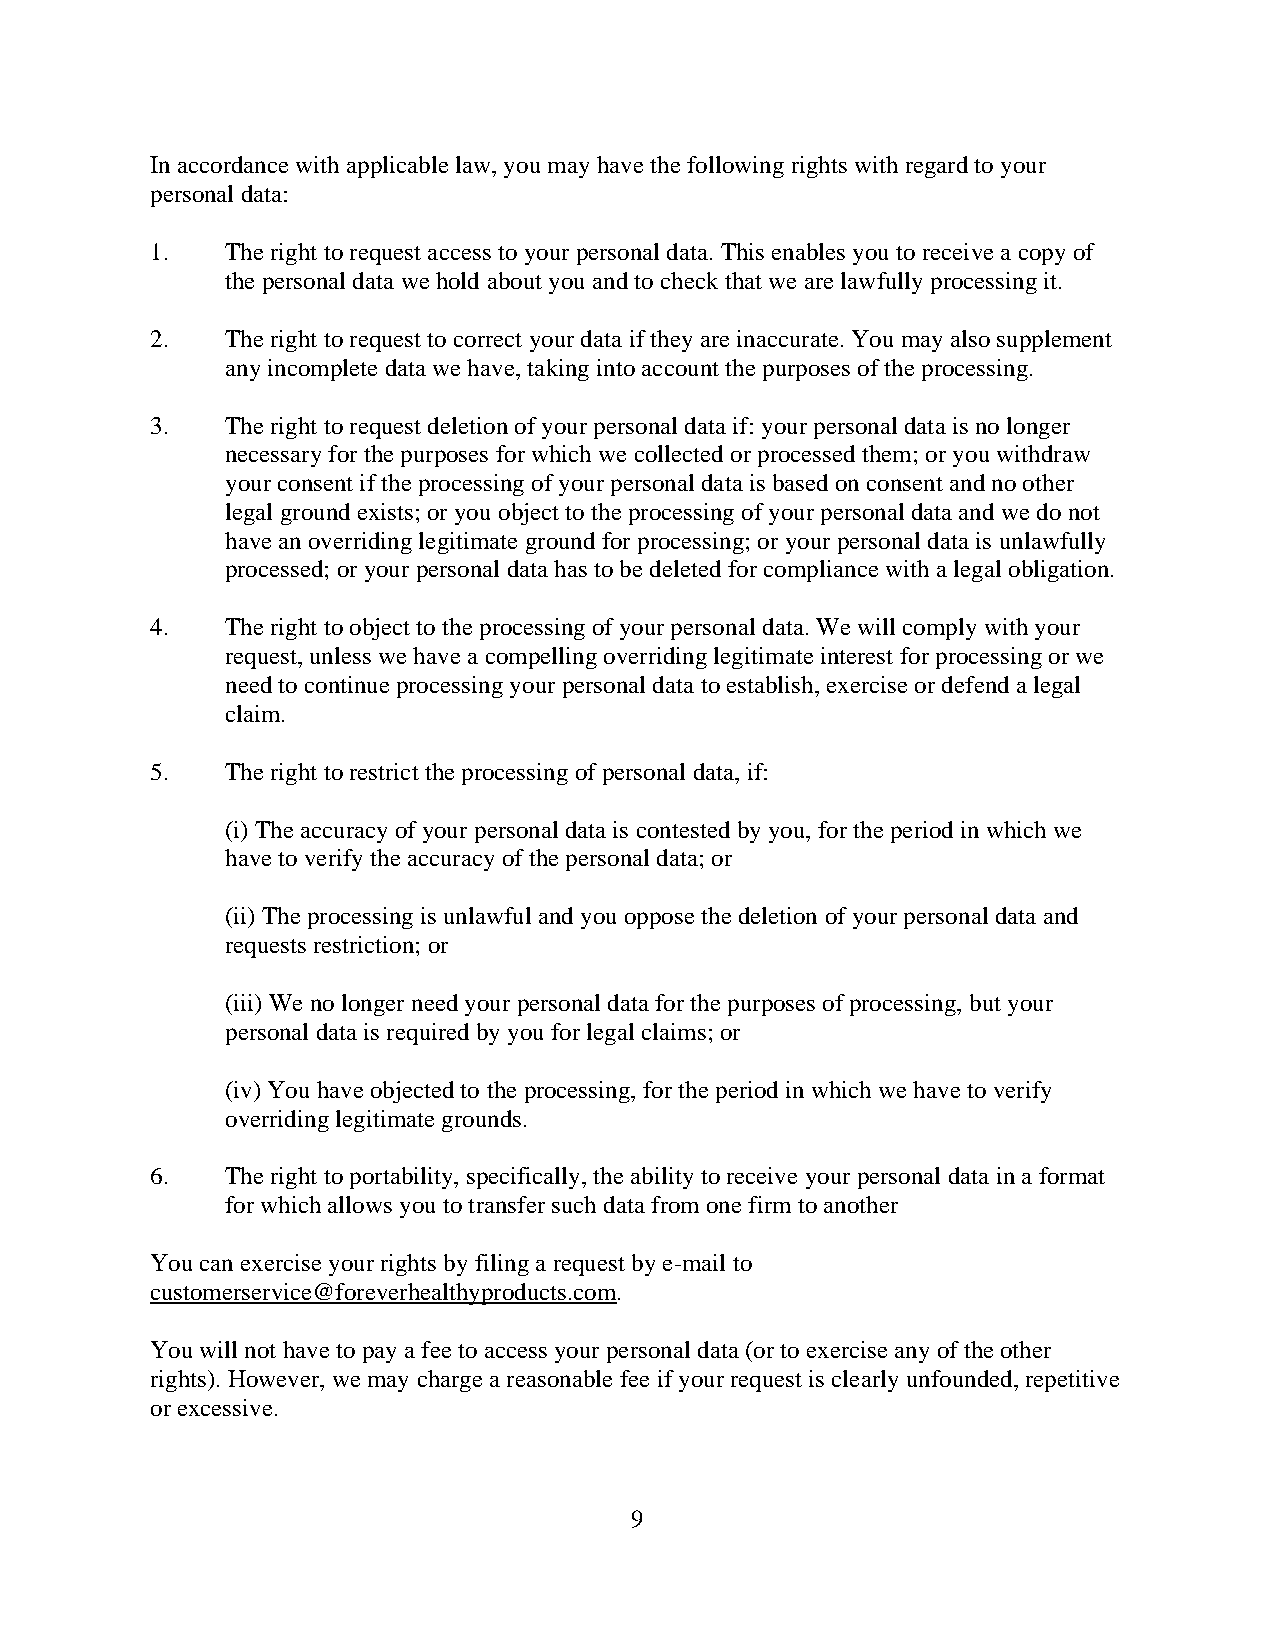
In accordance with applicable law, you may have the following rights with regard to your
 personal data:
 1.   The right to request access to your personal data. This enables you to receive a copy of
 the personal data we hold about you and to check that we are lawfully processing it.
 2.   The right to request to correct your data if they are inaccurate. You may also supplement
 any incomplete data we have, taking into account the purposes of the processing.
 3.   The right to request deletion of your personal data if: your personal data is no longer
 necessary for the purposes for which we collected or processed them; or you withdraw
 your consent if the processing of your personal data is based on consent and no other
 legal ground exists; or you object to the processing of your personal data and we do not
 have an overriding legitimate ground for processing; or your personal data is unlawfully
 processed; or your personal data has to be deleted for compliance with a legal obligation.
 4.   The right to object to the processing of your personal data. We will comply with your
 request, unless we have a compelling overriding legitimate interest for processing or we
 need to continue processing your personal data to establish, exercise or defend a legal
 claim.
 5.   The right to restrict the processing of personal data, if:
 (i) The accuracy of your personal data is contested by you, for the period in which we
 have to verify the accuracy of the personal data; or
 (ii) The processing is unlawful and you oppose the deletion of your personal data and
 requests restriction; or
 (iii) We no longer need your personal data for the purposes of processing, but your
 personal data is required by you for legal claims; or
 (iv) You have objected to the processing, for the period in which we have to verify
 overriding legitimate grounds.
 6.   The right to portability, specifically, the ability to receive your personal data in a format
 for which allows you to transfer such data from one firm to another
 You can exercise your rights by filing a request by e-mail to
 customerservice@foreverhealthyproducts.com.
 You will not have to pay a fee to access your personal data (or to exercise any of the other
 rights). However, we may charge a reasonable fee if your request is clearly unfounded, repetitive
 or excessive.
 9